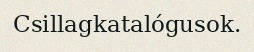
Csillagkatalógusok.